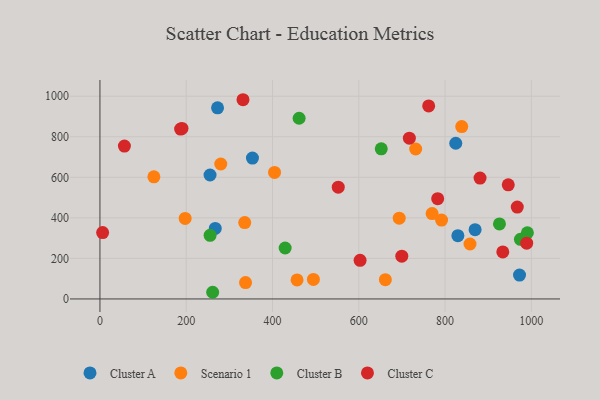
{"axis": {"x": "Investment", "y": "Salary"}, "legend": ["Cluster A", "Cluster B", "Cluster C", "Scenario 1"], "data": [{"x": "869.6", "y": 341.8, "type": "Cluster A"}, {"x": "255.2", "y": 611.4, "type": "Cluster A"}, {"x": "272.6", "y": 942.7, "type": "Cluster A"}, {"x": "829.7", "y": 312.2, "type": "Cluster A"}, {"x": "267.3", "y": 347.7, "type": "Cluster A"}, {"x": "353.5", "y": 695.1, "type": "Cluster A"}, {"x": "824.8", "y": 767.9, "type": "Cluster A"}, {"x": "972.6", "y": 117.6, "type": "Cluster A"}, {"x": "404.7", "y": 624.3, "type": "Scenario 1"}, {"x": "337.5", "y": 80.9, "type": "Scenario 1"}, {"x": "857.8", "y": 271.1, "type": "Scenario 1"}, {"x": "731.9", "y": 739.7, "type": "Scenario 1"}, {"x": "280.1", "y": 665.7, "type": "Scenario 1"}, {"x": "456.9", "y": 93.8, "type": "Scenario 1"}, {"x": "838.6", "y": 850.1, "type": "Scenario 1"}, {"x": "494.8", "y": 96.2, "type": "Scenario 1"}, {"x": "791.9", "y": 389.1, "type": "Scenario 1"}, {"x": "197.5", "y": 397.4, "type": "Scenario 1"}, {"x": "693.7", "y": 398.3, "type": "Scenario 1"}, {"x": "770.0", "y": 421.3, "type": "Scenario 1"}, {"x": "335.6", "y": 376.7, "type": "Scenario 1"}, {"x": "661.6", "y": 95.0, "type": "Scenario 1"}, {"x": "125.0", "y": 602.3, "type": "Scenario 1"}, {"x": "461.7", "y": 891.4, "type": "Cluster B"}, {"x": "974.7", "y": 294.2, "type": "Cluster B"}, {"x": "652.1", "y": 740.7, "type": "Cluster B"}, {"x": "429.3", "y": 251.4, "type": "Cluster B"}, {"x": "255.3", "y": 313.8, "type": "Cluster B"}, {"x": "926.1", "y": 370.0, "type": "Cluster B"}, {"x": "990.8", "y": 326.4, "type": "Cluster B"}, {"x": "261.3", "y": 32.9, "type": "Cluster B"}, {"x": "782.9", "y": 494.4, "type": "Cluster C"}, {"x": "762.0", "y": 952.0, "type": "Cluster C"}, {"x": "552.4", "y": 551.5, "type": "Cluster C"}, {"x": "989.2", "y": 275.1, "type": "Cluster C"}, {"x": "946.5", "y": 562.8, "type": "Cluster C"}, {"x": "56.7", "y": 754.1, "type": "Cluster C"}, {"x": "603.0", "y": 190.7, "type": "Cluster C"}, {"x": "933.8", "y": 232.0, "type": "Cluster C"}, {"x": "699.7", "y": 211.0, "type": "Cluster C"}, {"x": "187.0", "y": 838.0, "type": "Cluster C"}, {"x": "881.1", "y": 596.4, "type": "Cluster C"}, {"x": "967.4", "y": 453.3, "type": "Cluster C"}, {"x": "331.6", "y": 982.7, "type": "Cluster C"}, {"x": "190.2", "y": 840.9, "type": "Cluster C"}, {"x": "717.2", "y": 793.2, "type": "Cluster C"}, {"x": "6.2", "y": 327.2, "type": "Cluster C"}]}